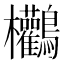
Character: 𪈻